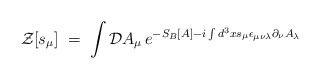
\begin{align*} {\mathcal Z}[s_\mu] \;=\; \int {\mathcal D}A_\mu \,e^{-S_B[A] - i \int d^3x s_\mu \epsilon_{\mu\nu\lambda}\partial_\nu A_\lambda}\end{align*}